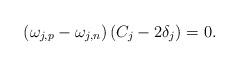
LaTeX: \begin{align*}(\omega_{j,p}-\omega_{j,n})\left(C_j -2\delta_j\right)=0.\end{align*}